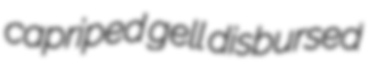
capriped gell disbursed